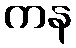
ကန